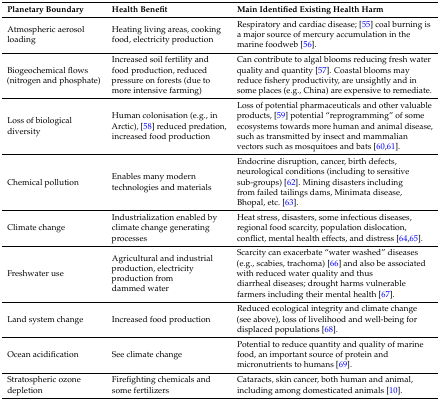
<table><thead><tr><td><b>Planetary Boundary</b></td><td><b>Health Benefit</b></td><td><b>Main Identified Existing Health Harm</b></td></tr></thead><tbody><tr><td>Atmospheric aerosol loading</td><td>Heating living areas, cooking food, electricity production</td><td>Respiratory and cardiac disease; [55] coal burning is a major source of mercury accumulation in the marine foodweb [56].</td></tr><tr><td>Biogeochemical flows (nitrogen and phosphate)</td><td>Increased soil fertility and food production, reduced pressure on forests (due to more intensive farming)</td><td>Can contribute to algal blooms reducing fresh water quality and quantity [57]. Coastal blooms may reduce fishery productivity, are unsightly and in some places (e.g., China) are expensive to remediate.</td></tr><tr><td>Loss of biological diversity</td><td>Human colonisation (e.g., in Arctic), [58] reduced predation, increased food production</td><td>Loss of potential pharmaceuticals and other valuable products, [59] potential “reprogramming” of some ecosystems towards more human and animal disease, such as transmitted by insect and mammalian vectors such as mosquitoes and bats [60,61].</td></tr><tr><td>Chemical pollution</td><td>Enables many modern technologies and materials</td><td>Endocrine disruption, cancer, birth defects, neurological conditions (including to sensitive sub-groups) [62]. Mining disasters including from failed tailings dams, Minimata disease, Bhopal, etc. [63].</td></tr><tr><td>Climate change</td><td>Industrialization enabled by climate change generating processes</td><td>Heat stress, disasters, some infectious diseases, regional food scarcity, population dislocation, conflict, mental health effects, and distress [64,65].</td></tr><tr><td>Freshwater use</td><td>Agricultural and industrial production, electricity production from dammed water</td><td>Scarcity can exacerbate “water washed” diseases (e.g., scabies, trachoma) [66] and also be associated with reduced water quality and thus diarrheal diseases; drought harms vulnerable farmers including their mental health [67].</td></tr><tr><td>Land system change</td><td>Increased food production</td><td>Reduced ecological integrity and climate change (see above), loss of livelihood and well-being for displaced populations [68].</td></tr><tr><td>Ocean acidification</td><td>See climate change</td><td>Potential to reduce quantity and quality of marine food, an important source of protein and micronutrients to humans [69].</td></tr><tr><td>Stratospheric ozone depletion</td><td>Firefighting chemicals and some fertilizers</td><td>Cataracts, skin cancer, both human and animal, including among domesticated animals [10].</td></tr></tbody></table>